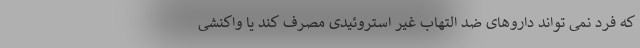
که فرد نمی تواند داروهای ضد التهاب غیر استروئیدی مصرف کند یا واکنشی